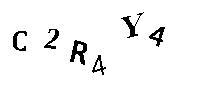
C2R4Y4